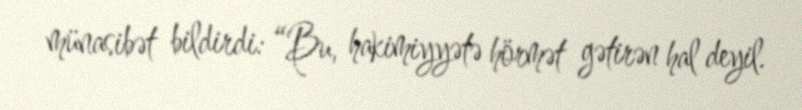
münasibət bildirdi: “Bu, hakimiyyətə hörmət gətirən hal deyil.